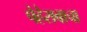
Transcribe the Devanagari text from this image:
पेहेरावाचा